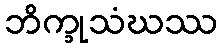
ဘိက္ခုသံဃဿ